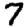
Digit: 7